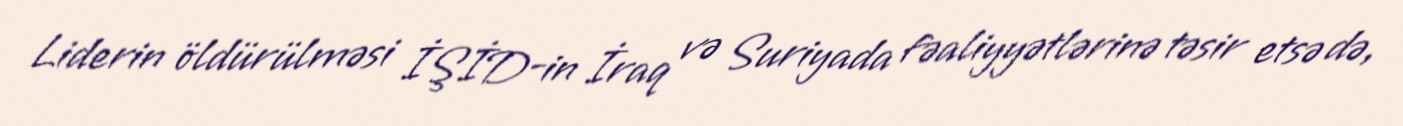
Liderin öldürülməsi İŞİD-in İraq və Suriyada fəaliyyətlərinə təsir etsə də,